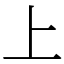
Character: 上